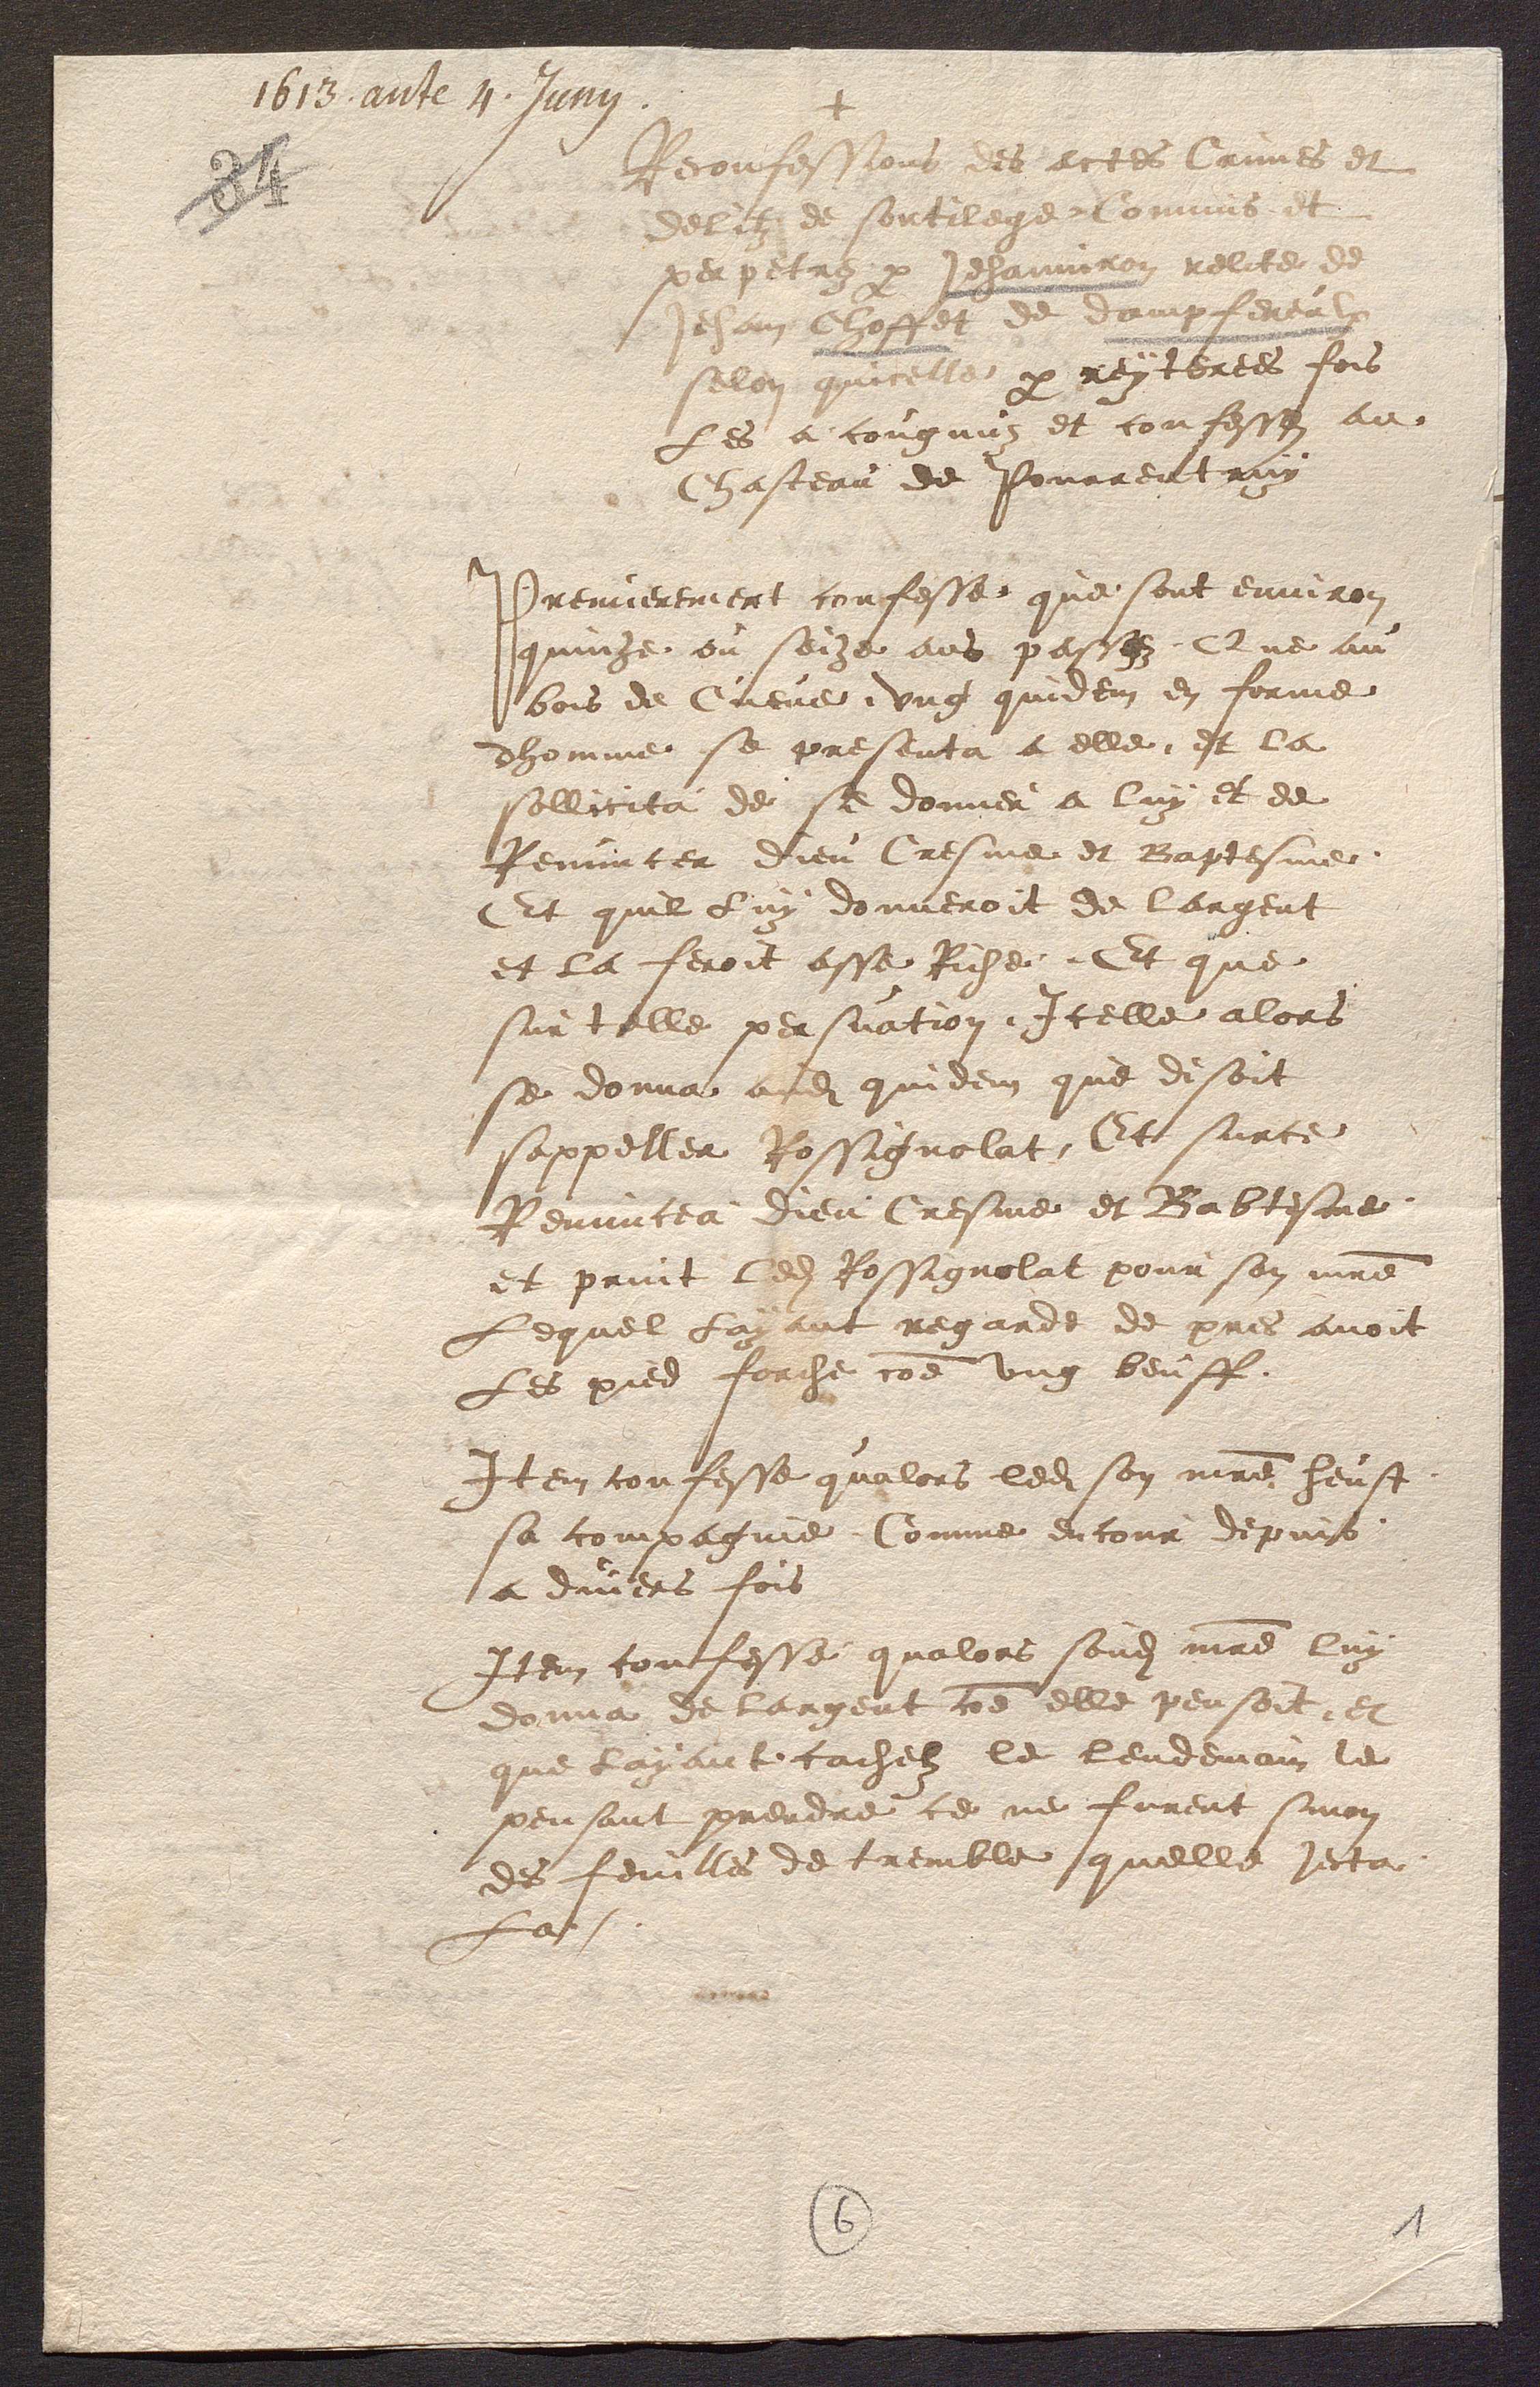
+
Reconfessions les actes Crimes et
deliz de sortilaget davoit et
perpetrez pa Jehanneer relterde
Jehan Choffei de Dampfereul
silen quecelle par reyterees fois
Les a congnuz et confesses au
Chasteau de Pourrentruy
Premierement confesse que sont environ
quinze ou seize ans passez Que au
bois de Cueve ung quidem en forme
dhomme se presenta a elle et la
sollicita de se donner a luy et de
Renuncer dieu Cresme et Baptesme
Et quil luy donneroit de largent
et la feroit asse Riche Et que
sur telle persuation Icelle alors
se donna asdites quidem que disoit
sappeller Rossignolat Et surce
Renuncea dieu Cresme et Babtesme
et print ledit Rossignolat pour son maitre
Lequel layant regarde de pres avoit
Les pied forche comme ung beuff
Item confesse qualors ledit son maitre heust
sa compagnie Comme encour depuis
a divers fois
Item confesse qualors sondit maitre luy
donna de largent comme elle pensoit, et
que layant cachelz le lendemain le
pensant prendre ce ne furent sinon
des feuilles de tremble quelle jecta
La